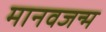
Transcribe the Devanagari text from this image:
मानवजन्म